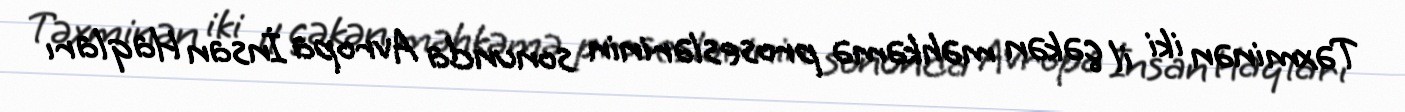
Təxminən iki il çəkən məhkəmə proseslərinin sonunda Avropa İnsan Haqları